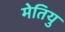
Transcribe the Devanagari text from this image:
मेतियु